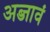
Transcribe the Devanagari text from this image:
अब्जावं